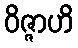
ဝိဇ္ဇာဟိ